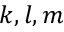
k , l , m